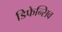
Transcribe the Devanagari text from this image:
डिफेन्सिव